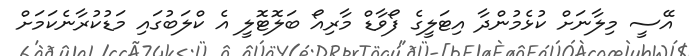
އޭސީ މިލާނަށް ކުޅެމުންދާ އިޓަލީގެ ފޯވާޑް މާރިއޯ ބަލޮޓޮލީ އެ ކްލަބުގައި މަޑުކުރާނެކަމަށް